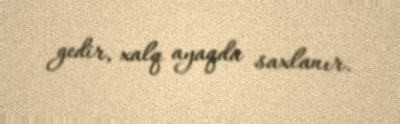
gedir, xalq ayaqda saxlanır.